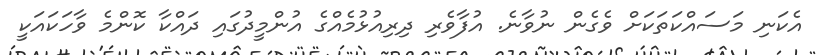
އެކަނި މަސައްކަތަކަށް ވެގެން ނުވާނެ. އުފާވެރި ދިރިއުޅުމެއްގެ އުންމީދުގައި ދައްކާ ކޮންމެ ވާހަކައަކީ